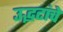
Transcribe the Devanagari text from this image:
उद्भटांचे